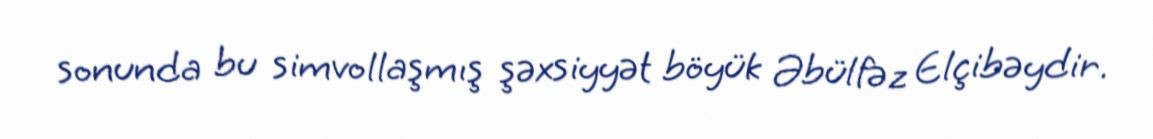
sonunda bu simvollaşmış şəxsiyyət böyük Əbülfəz Elçibəydir.